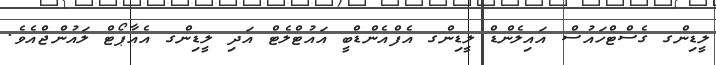
ލީޑިންގ ގެސްޓްހައުސް އައިލެންޑް ލީޑިންގ އެފްއެންޑްބީ އައުޓްލެޓް އަދި ލީޑިންގ އެއާޕޯޓް ލައުންޖްއެވެ.